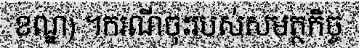
ខណ្ឌ) ។ករណីចុះរបស់សមត្ថកិច្ច